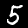
Label: 5